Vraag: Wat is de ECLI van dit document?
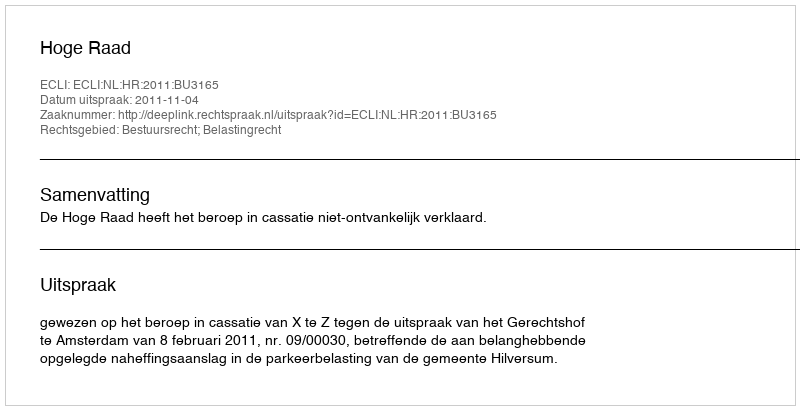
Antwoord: ECLI:NL:HR:2011:BU3165